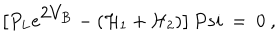
\big [ P _ { L } e ^ { { \displaystyle 2 V _ { B } } } - ( { \cal H } _ { 1 } + { \cal H } _ { 2 } ) \big ] \, P s i \ = \ 0 \ ,